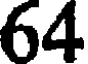
64